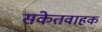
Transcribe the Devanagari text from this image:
संकेतवाहक